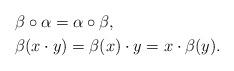
LaTeX: \begin{align*}& \beta\circ\alpha=\alpha\circ\beta, \\& \beta(x\cdot y)=\beta(x)\cdot y = x \cdot \beta(y). \end{align*}